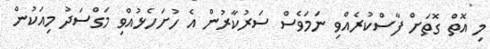
މި އޮތް ގޮތަށް ފާސްކުރެއްވި ނަމަވެސް ސަރުކާރުން އެ ހުށަހެޅުއްވި މަގްސަދު މިއަކުން